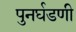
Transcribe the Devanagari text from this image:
पुनर्घडणी